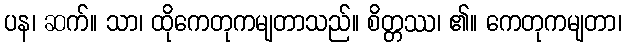
ပန၊ ဆက်။ သာ၊ ထိုကေတုကမျတာသည်။ စိတ္တဿ၊ ၏။ ကေတုကမျတာ၊